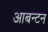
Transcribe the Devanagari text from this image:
आबन्टन